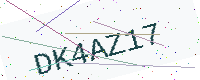
Text: DK4AZ17